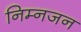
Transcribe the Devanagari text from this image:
निम्नजन